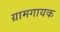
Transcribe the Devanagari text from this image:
ग्रामगायक